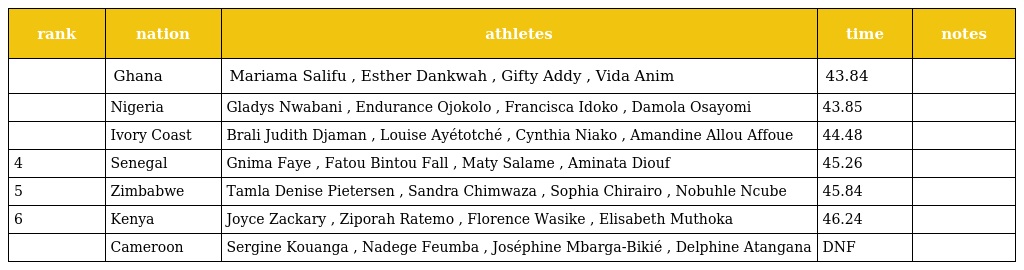
| rank | nation | athletes | time | notes |
 | --- | --- | --- | --- | --- |
 |  | Ghana | Mariama Salifu , Esther Dankwah , Gifty Addy , Vida Anim | 43.84 |  |
 |  | Nigeria | Gladys Nwabani , Endurance Ojokolo , Francisca Idoko , Damola Osayomi | 43.85 |  |
 |  | Ivory Coast | Brali Judith Djaman , Louise Ayétotché , Cynthia Niako , Amandine Allou Affoue | 44.48 |  |
 | 4 | Senegal | Gnima Faye , Fatou Bintou Fall , Maty Salame , Aminata Diouf | 45.26 |  |
 | 5 | Zimbabwe | Tamla Denise Pietersen , Sandra Chimwaza , Sophia Chirairo , Nobuhle Ncube | 45.84 |  |
 | 6 | Kenya | Joyce Zackary , Ziporah Ratemo , Florence Wasike , Elisabeth Muthoka | 46.24 |  |
 |  | Cameroon | Sergine Kouanga , Nadege Feumba , Joséphine Mbarga-Bikié , Delphine Atangana | DNF |  |